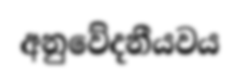
අනුවේදනීයවය